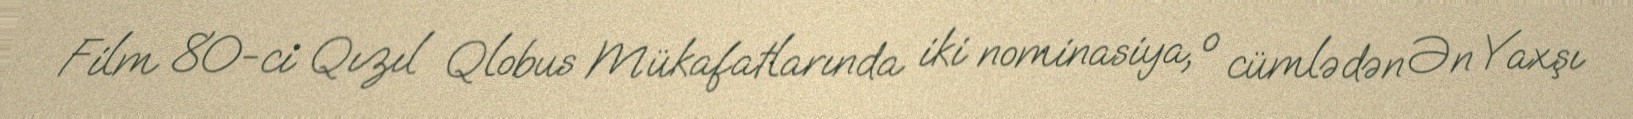
Film 80-ci Qızıl Qlobus Mükafatlarında iki nominasiya, o cümlədən Ən Yaxşı